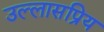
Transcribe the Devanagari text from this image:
उल्लासप्रिय